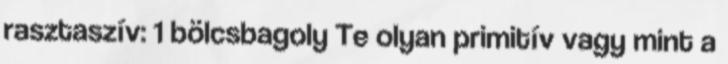
rasztaszív: 1 bölcsbagoly Te olyan primitív vagy mint a